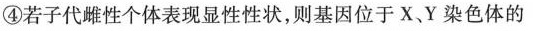
④若子代雌性个体表现显性性状，则基因位于X Y染色体的